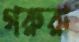
গরুরা